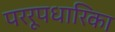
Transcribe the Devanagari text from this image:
पररूपधारिका